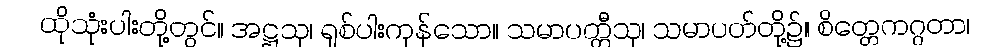
ထိုသုံးပါးတို့တွင်။ အဋ္ဌသု၊ ရှစ်ပါးကုန်သော။ သမာပတ္တီသု၊ သမာပတ်တို့၌။ စိတ္တေကဂ္ဂတာ၊